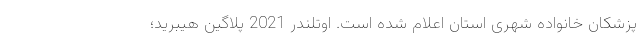
پزشکان خانواده شهری استان اعلام شده است. اوتلندر 2021 پلاگین هیبرید؛